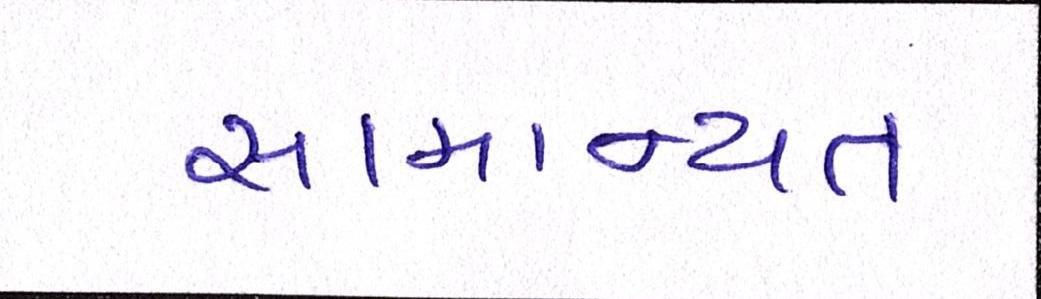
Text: સામાન્યતઃ